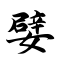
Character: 嬖